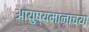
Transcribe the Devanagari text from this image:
आयुष्यमानाच्या